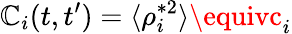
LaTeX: \mathbb{C}_{i}(t,t^{\prime})=\langle\rho_{i}^{*2}\rangle\equivc_{i}